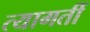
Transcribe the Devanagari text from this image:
त्यागतीं